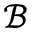
\mathcal { B }